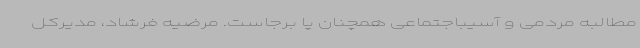
مطالبه مردمی و آسیباجتماعی همچنان پا برجاست. مرضیه فرشاد، مدیرکل